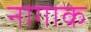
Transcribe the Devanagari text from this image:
नागाक